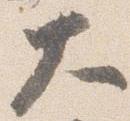
大